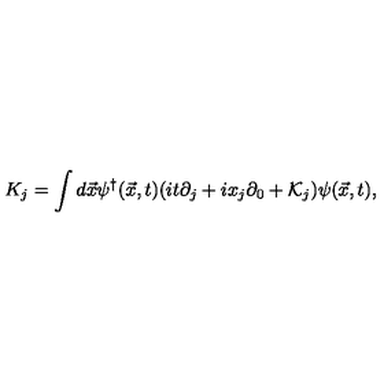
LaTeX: K _ { j } = \int d \vec { x } \psi ^ { \dag } ( \vec { x } , t ) ( i t \partial _ { j } + i x _ { j } \partial _ { 0 } + { \cal K } _ { j } ) \psi ( \vec { x } , t ) ,